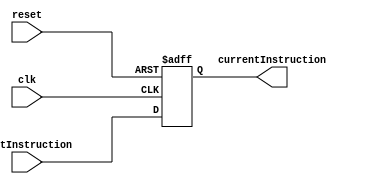
module program_counter(input wire clk,
                        input wire reset,
                        input wire [31:0] nextInstruction,
                        output reg [31:0] currentInstruction);
  initial begin 
    currentInstruction <= 32'b0;
end
always @(posedge clk, posedge reset)begin
    if(reset)begin 
        currentInstruction <= 32'b0;
    end else begin 
	  currentInstruction <=nextInstruction;
    end
end
endmodule